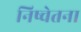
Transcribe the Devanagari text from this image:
निष्चेतना